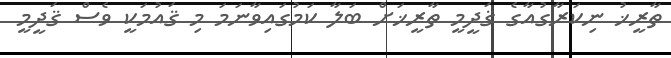
ތާރީޚު ނިކަރާގުއާގެ ޤަދީމީ ތާރީޚަށް ބަލާ ކަމުގައިވާނަމަ މި ޤައުމަކީ ވެސް ޤަދީމީ